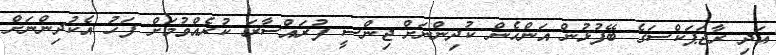
އަދި ރާޖަޕަކްސަގެ ބޭފުޅުން އަންހެން ކުދިންނަށް ޖިންސީ ފުރައްސާރަ ކުރެއްވުމަށް ފަހު އެކުދިންނަށް